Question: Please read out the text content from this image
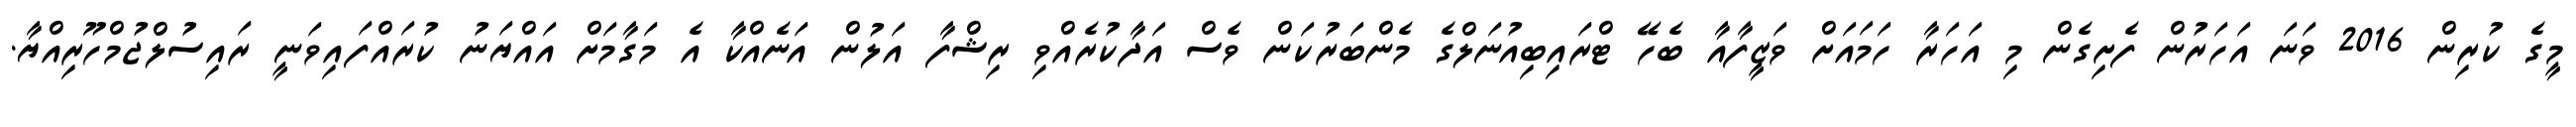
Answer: މީގެ ކުރިން 2016 ވަނަ އަހަރުން ފެށިގެން މި އަހަރާ ހަމައަށް ވަޒީފާއާ ބެހޭ ޓްރައިބިއުނަލްގެ މެންބަރުކަން ވެސް އަދާކުރެއްވި ރިޝްފާ އަލުން އަނެއްކާ އެ މަގާމަށް އައްޔަނު ކުރައްފައިވަނީ ރައިސުލްޖުމްހޫރިއްޔާ.